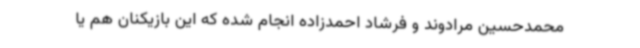
محمدحسین مرادوند و فرشاد احمدزاده انجام شده که این بازیکنان هم یا